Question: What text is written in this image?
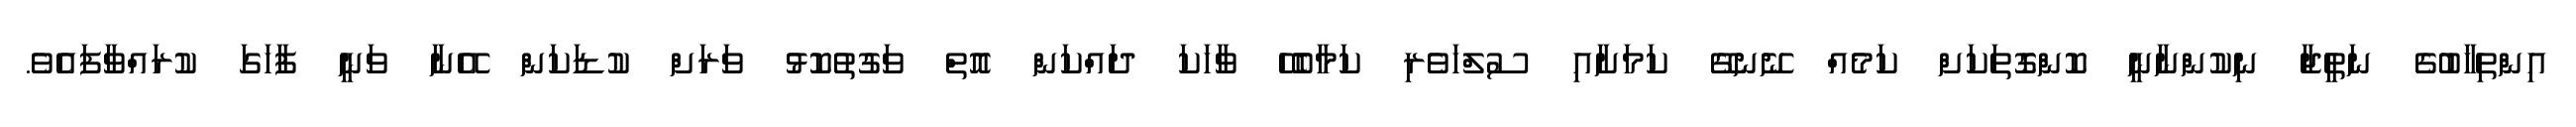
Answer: އިންތިޚާބުގެ ނަތީޖާ ނިކުންނާނީ ކޮންގޮތަކަށް ކަމެއް ނޭނގޭ ކަމަށާއި ސުލްހަވެރި ކަމާބެހޭ ވާހަކަ ދައްކަން އޮތް ވަގުތުކޮޅު ވަރަށް ކުޑަކަން އޭނާ ވަނީ ފާހަގަ ކުރައްވާފައެވެ.